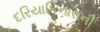
દરિયાકિનારાની